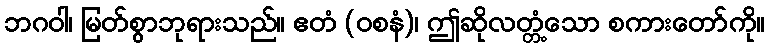
ဘဂဝါ၊ မြတ်စွာဘုရားသည်။ ဧတံ (ဝစနံ)၊ ဤဆိုလတ္တံ့သော စကားတော်ကို။